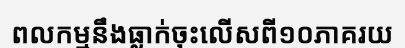
ពលកម្មនឹងធ្លាក់ចុះលើសពី១០ភាគរយ